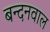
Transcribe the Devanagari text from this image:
बन्दनवाल